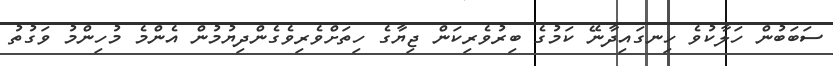
ސަބަބުން ހަލާކުވެ ހިނގައިދާނޭ ކަމުގެ ބިރުވެރިކަން ޖިޔާގެ ހިތަށްވެރިވެގެންދިޔުމުން އެންމެ މުހިންމު ވަގުތު